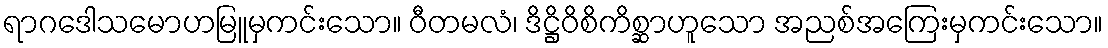
ရာဂဒေါသမောဟမြူမှကင်းသော။ ဝီတမလံ၊ ဒိဋ္ဌိဝိစိကိစ္ဆာဟူသော အညစ်အကြေးမှကင်းသော။